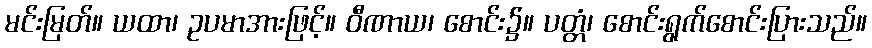
မင်းမြတ်။ ယထာ၊ ဥပမာအားဖြင့်။ ဝီဏာယ၊ စောင်း၌။ ပတ္တံ၊ စောင်းရွက်စောင်းပြားသည်။